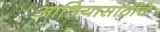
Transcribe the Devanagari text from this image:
आशियासाठीचे